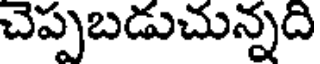
చెప్పబడుచున్నది